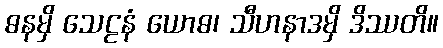
ဓနမှိ သေဠနံ ယောဓ၊ သီဟနာဒမှိ ဒိဿတိ။